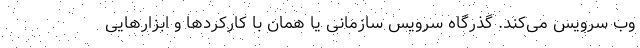
وب سرویس می‌کند. گذرگاه سرویس سازمانی یا همان با کارکردها و ابزارهایی